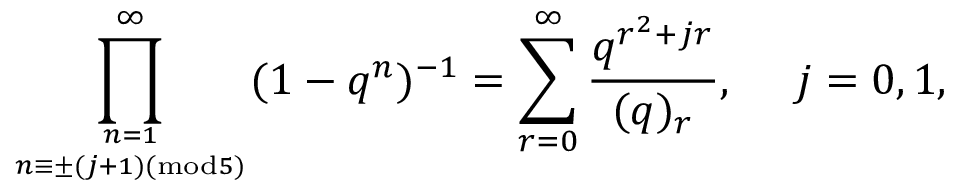
\displaystyle \prod _ { n = 1 \atop n \equiv \pm ( j + 1 ) ( \mathrm { m o d } 5 ) } ^ { \infty } ( 1 - q ^ { n } ) ^ { - 1 } = \displaystyle \sum _ { r = 0 } ^ { \infty } \frac { q ^ { r ^ { 2 } + j r } } { ( q ) _ { r } } , ~ ~ ~ ~ j = 0 , 1 ,